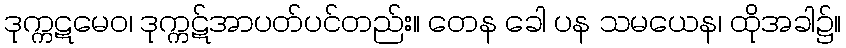
ဒုက္ကဋမေဝ၊ ဒုက္ကဋ်အာပတ်ပင်တည်း။ တေန ခေါ ပန သမယေန၊ ထိုအခါ၌။